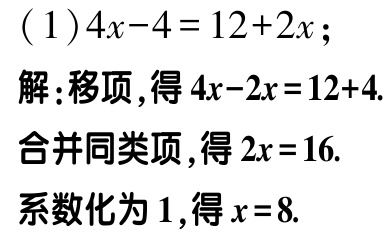
\((1)4x - 4 = 12 + 2x;\)
解:移项,得\(4x - 2x = 12 + 4.\)
合并同类项,得\(2x = 16.\)
系数化为\(1\),得\(x = 8.\)